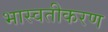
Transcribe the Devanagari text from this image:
भास्वतीकरण